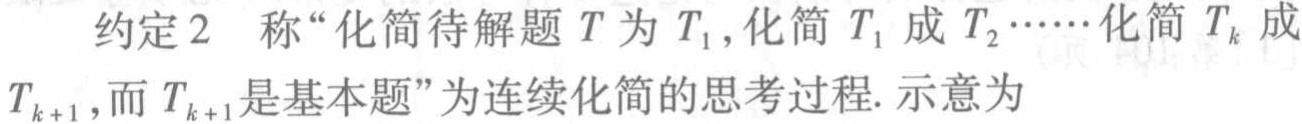
约定2 称“化简待解题\(T\)为\(T_1\)，化简\(T_1\)成\(T_2\cdots\cdots\)化简\(T_k\)成\(T_{k + 1}\)，而\(T_{k + 1}\)是基本题”为连续化简的思考过程. 示意为